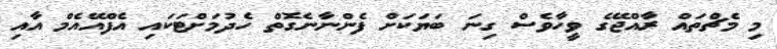
މި މެޗްތައް ރާއްޖޭގެ ވީހާވެސް ގިނަ ބަޔަކަށް ފެންނާނެގޮތް ހެދުމަށްޓަކައި އެފްއޭއެމް އާއި